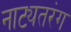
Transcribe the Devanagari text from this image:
नाट्यतरंग